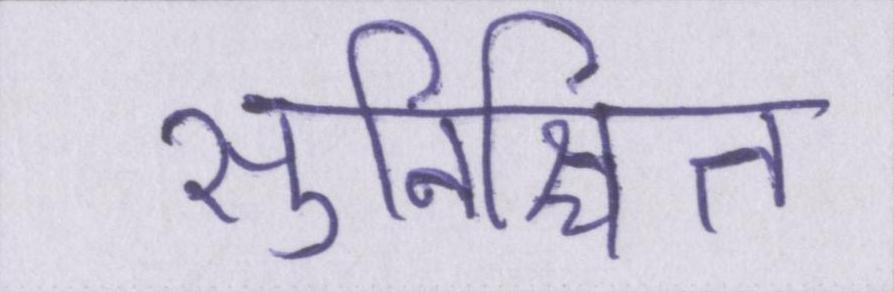
सुनिश्चित